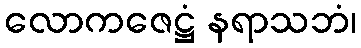
လောကဇေဋ္ဌံ နရာသဘံ၊